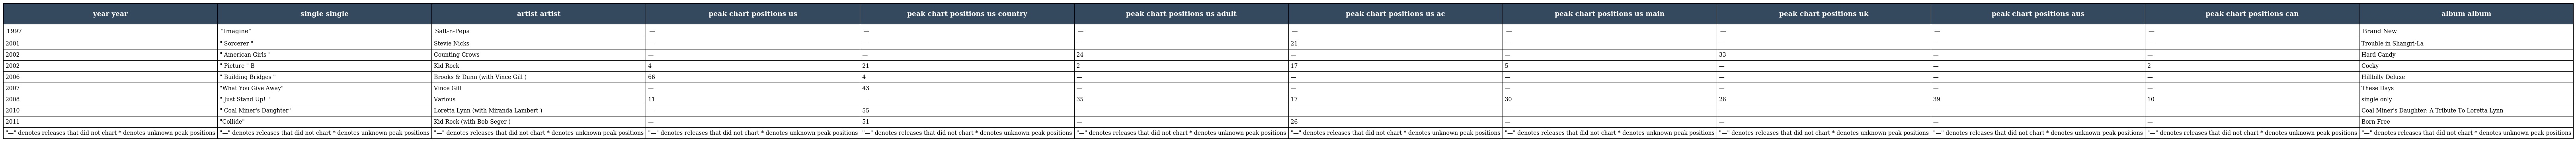
| year year | single single | artist artist | peak chart positions us | peak chart positions us country | peak chart positions us adult | peak chart positions us ac | peak chart positions us main | peak chart positions uk | peak chart positions aus | peak chart positions can | album album |
 | --- | --- | --- | --- | --- | --- | --- | --- | --- | --- | --- | --- |
 | 1997 | "Imagine" | Salt-n-Pepa | — | — | — | — | — | — | — | — | Brand New |
 | 2001 | " Sorcerer " | Stevie Nicks | — | — | — | 21 | — | — | — | — | Trouble in Shangri-La |
 | 2002 | " American Girls " | Counting Crows | — | — | 24 | — | — | 33 | — | — | Hard Candy |
 | 2002 | " Picture " B | Kid Rock | 4 | 21 | 2 | 17 | 5 | — | — | 2 | Cocky |
 | 2006 | " Building Bridges " | Brooks & Dunn (with Vince Gill ) | 66 | 4 | — | — | — | — | — | — | Hillbilly Deluxe |
 | 2007 | "What You Give Away" | Vince Gill | — | 43 | — | — | — | — | — | — | These Days |
 | 2008 | " Just Stand Up! " | Various | 11 | — | 35 | 17 | 30 | 26 | 39 | 10 | single only |
 | 2010 | " Coal Miner's Daughter " | Loretta Lynn (with Miranda Lambert ) | — | 55 | — | — | — | — | — | — | Coal Miner's Daughter: A Tribute To Loretta Lynn |
 | 2011 | "Collide" | Kid Rock (with Bob Seger ) | — | 51 | — | 26 | — | — | — | — | Born Free |
 | "—" denotes releases that did not chart * denotes unknown peak positions | "—" denotes releases that did not chart * denotes unknown peak positions | "—" denotes releases that did not chart * denotes unknown peak positions | "—" denotes releases that did not chart * denotes unknown peak positions | "—" denotes releases that did not chart * denotes unknown peak positions | "—" denotes releases that did not chart * denotes unknown peak positions | "—" denotes releases that did not chart * denotes unknown peak positions | "—" denotes releases that did not chart * denotes unknown peak positions | "—" denotes releases that did not chart * denotes unknown peak positions | "—" denotes releases that did not chart * denotes unknown peak positions | "—" denotes releases that did not chart * denotes unknown peak positions | "—" denotes releases that did not chart * denotes unknown peak positions |